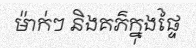
ម៉ាក់ៗ និងគភ៌ក្នុងផ្ទៃ